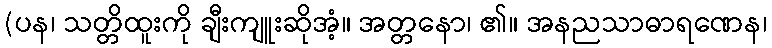
(ပန၊ သတ္တိထူးကို ချီးကျူးဆိုအံ့။ အတ္တနော၊ ၏။ အနညသာဓာရဏေန၊